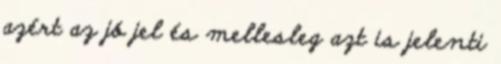
azért az jó jel és mellesleg azt is jelenti